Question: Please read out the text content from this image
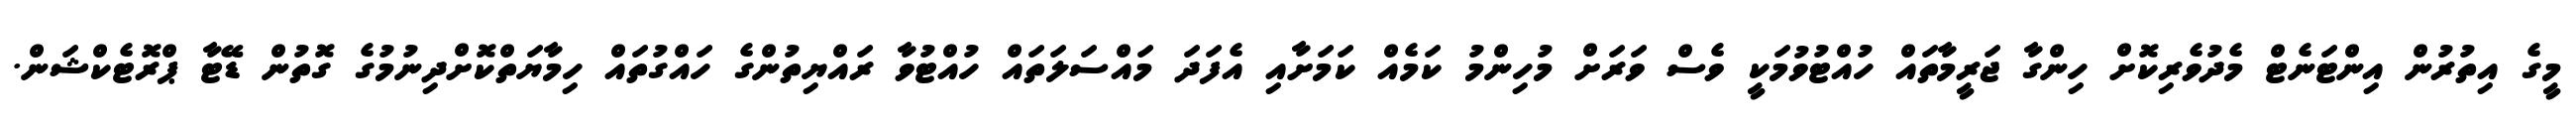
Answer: މީގެ އިތުރުން އިންޓަނެޓް މެދުވެރިކޮށް ހިންގާ ޖަރީމާތައް ހުއްޓުވުމަކީ ވެސް ވަރަށް މުހިންމު ކަމެއް ކަމަށާއި އެފަދަ މައްސަލަތައް ހުއްޓުވާ ރައްޔިތުންގެ ހައްގުތައް ހިމާޔަތްކޮށްދިނުމުގެ ގޮތުން ޑޭޓާ ޕްރޮޓެކްޝަން.